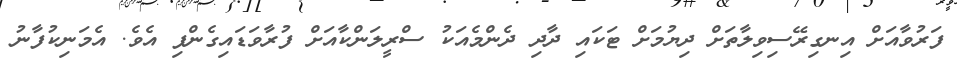
ފަރުވާއަށް އިނގިރޭސިވިލާތަށް ދިޔުމަށް ޓަކައި ދާދި ދެންމެއަކު ސްރީލަންކާއަށް ފުރާވަޑައިގެންފި އެވެ. އެމަނިކުފާނު